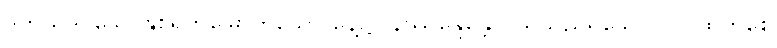
ဒုတိယဒိဝသေ၊ နှစ်ရက်မြောက်သော နေ့၌။ နိဿန္ဒေန္တော၊ ယိုသည်ရှိသော်။ ဝါ၊ ထွက်စေ